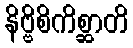
နိဗ္ဗိစိကိစ္ဆာတိ